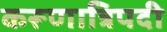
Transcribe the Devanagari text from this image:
करूणात्रिपदी